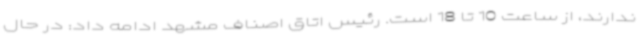
ندارند، از ساعت 10 تا 18 است. رئیس اتاق اصناف مشهد ادامه داد: در حال